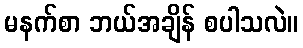
မနက်စာ ဘယ်အချိန် စပါသလဲ။